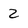
Character: z